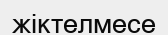
жіктелмесе